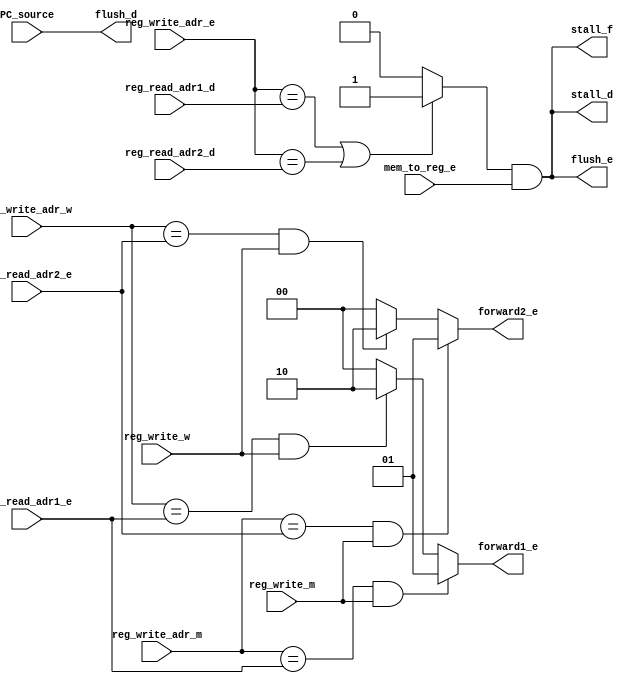
module hazard(
	// d
	input [2:0] reg_read_adr1_d,
	input [2:0] reg_read_adr2_d,
	// e
	input [2:0] reg_read_adr1_e,
	input [2:0] reg_read_adr2_e,
	input [2:0] reg_write_adr_e,
	input mem_to_reg_e,
	// m
	input reg_write_m,
	input [2:0] reg_write_adr_m,
	// w
	input reg_write_w,
	input [2:0] reg_write_adr_w,
	
	input PC_source,
		
	// f
	output reg stall_f,
	//d
	output reg stall_d,
	output reg flush_d,
	// e
	output reg  flush_e,
	
	output reg  [1:0] forward1_e,
	output reg  [1:0] forward2_e
	);

	always @(*) begin
		// Forward
		if ((reg_write_adr_m == reg_read_adr1_e) && reg_write_m)
			forward1_e = 2'h1;
		else if ((reg_write_adr_w == reg_read_adr1_e) && reg_write_w) 
			forward1_e = 2'h2;
		else
			forward1_e = 2'h0;
		
		if ((reg_write_adr_m == reg_read_adr2_e) && reg_write_m)
			forward2_e = 2'h1;
		else if ((reg_write_adr_w == reg_read_adr2_e) && reg_write_w)
			forward2_e = 2'h2;
		else
			forward2_e = 2'h0;	
	end

	reg stallCompare;

	// Stall	
	always @(*) begin
		// LD stall
		if ((reg_write_adr_e == reg_read_adr1_d) || (reg_write_adr_e == reg_read_adr2_d))
			stallCompare <= 1;
		else
			stallCompare <= 0;
			
		stall_f <= stallCompare && mem_to_reg_e;
		stall_d <= stallCompare && mem_to_reg_e;
		flush_e <= stallCompare && mem_to_reg_e;

		// Branch stall
		flush_d <= PC_source;
	end
endmodule